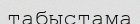
табыстама